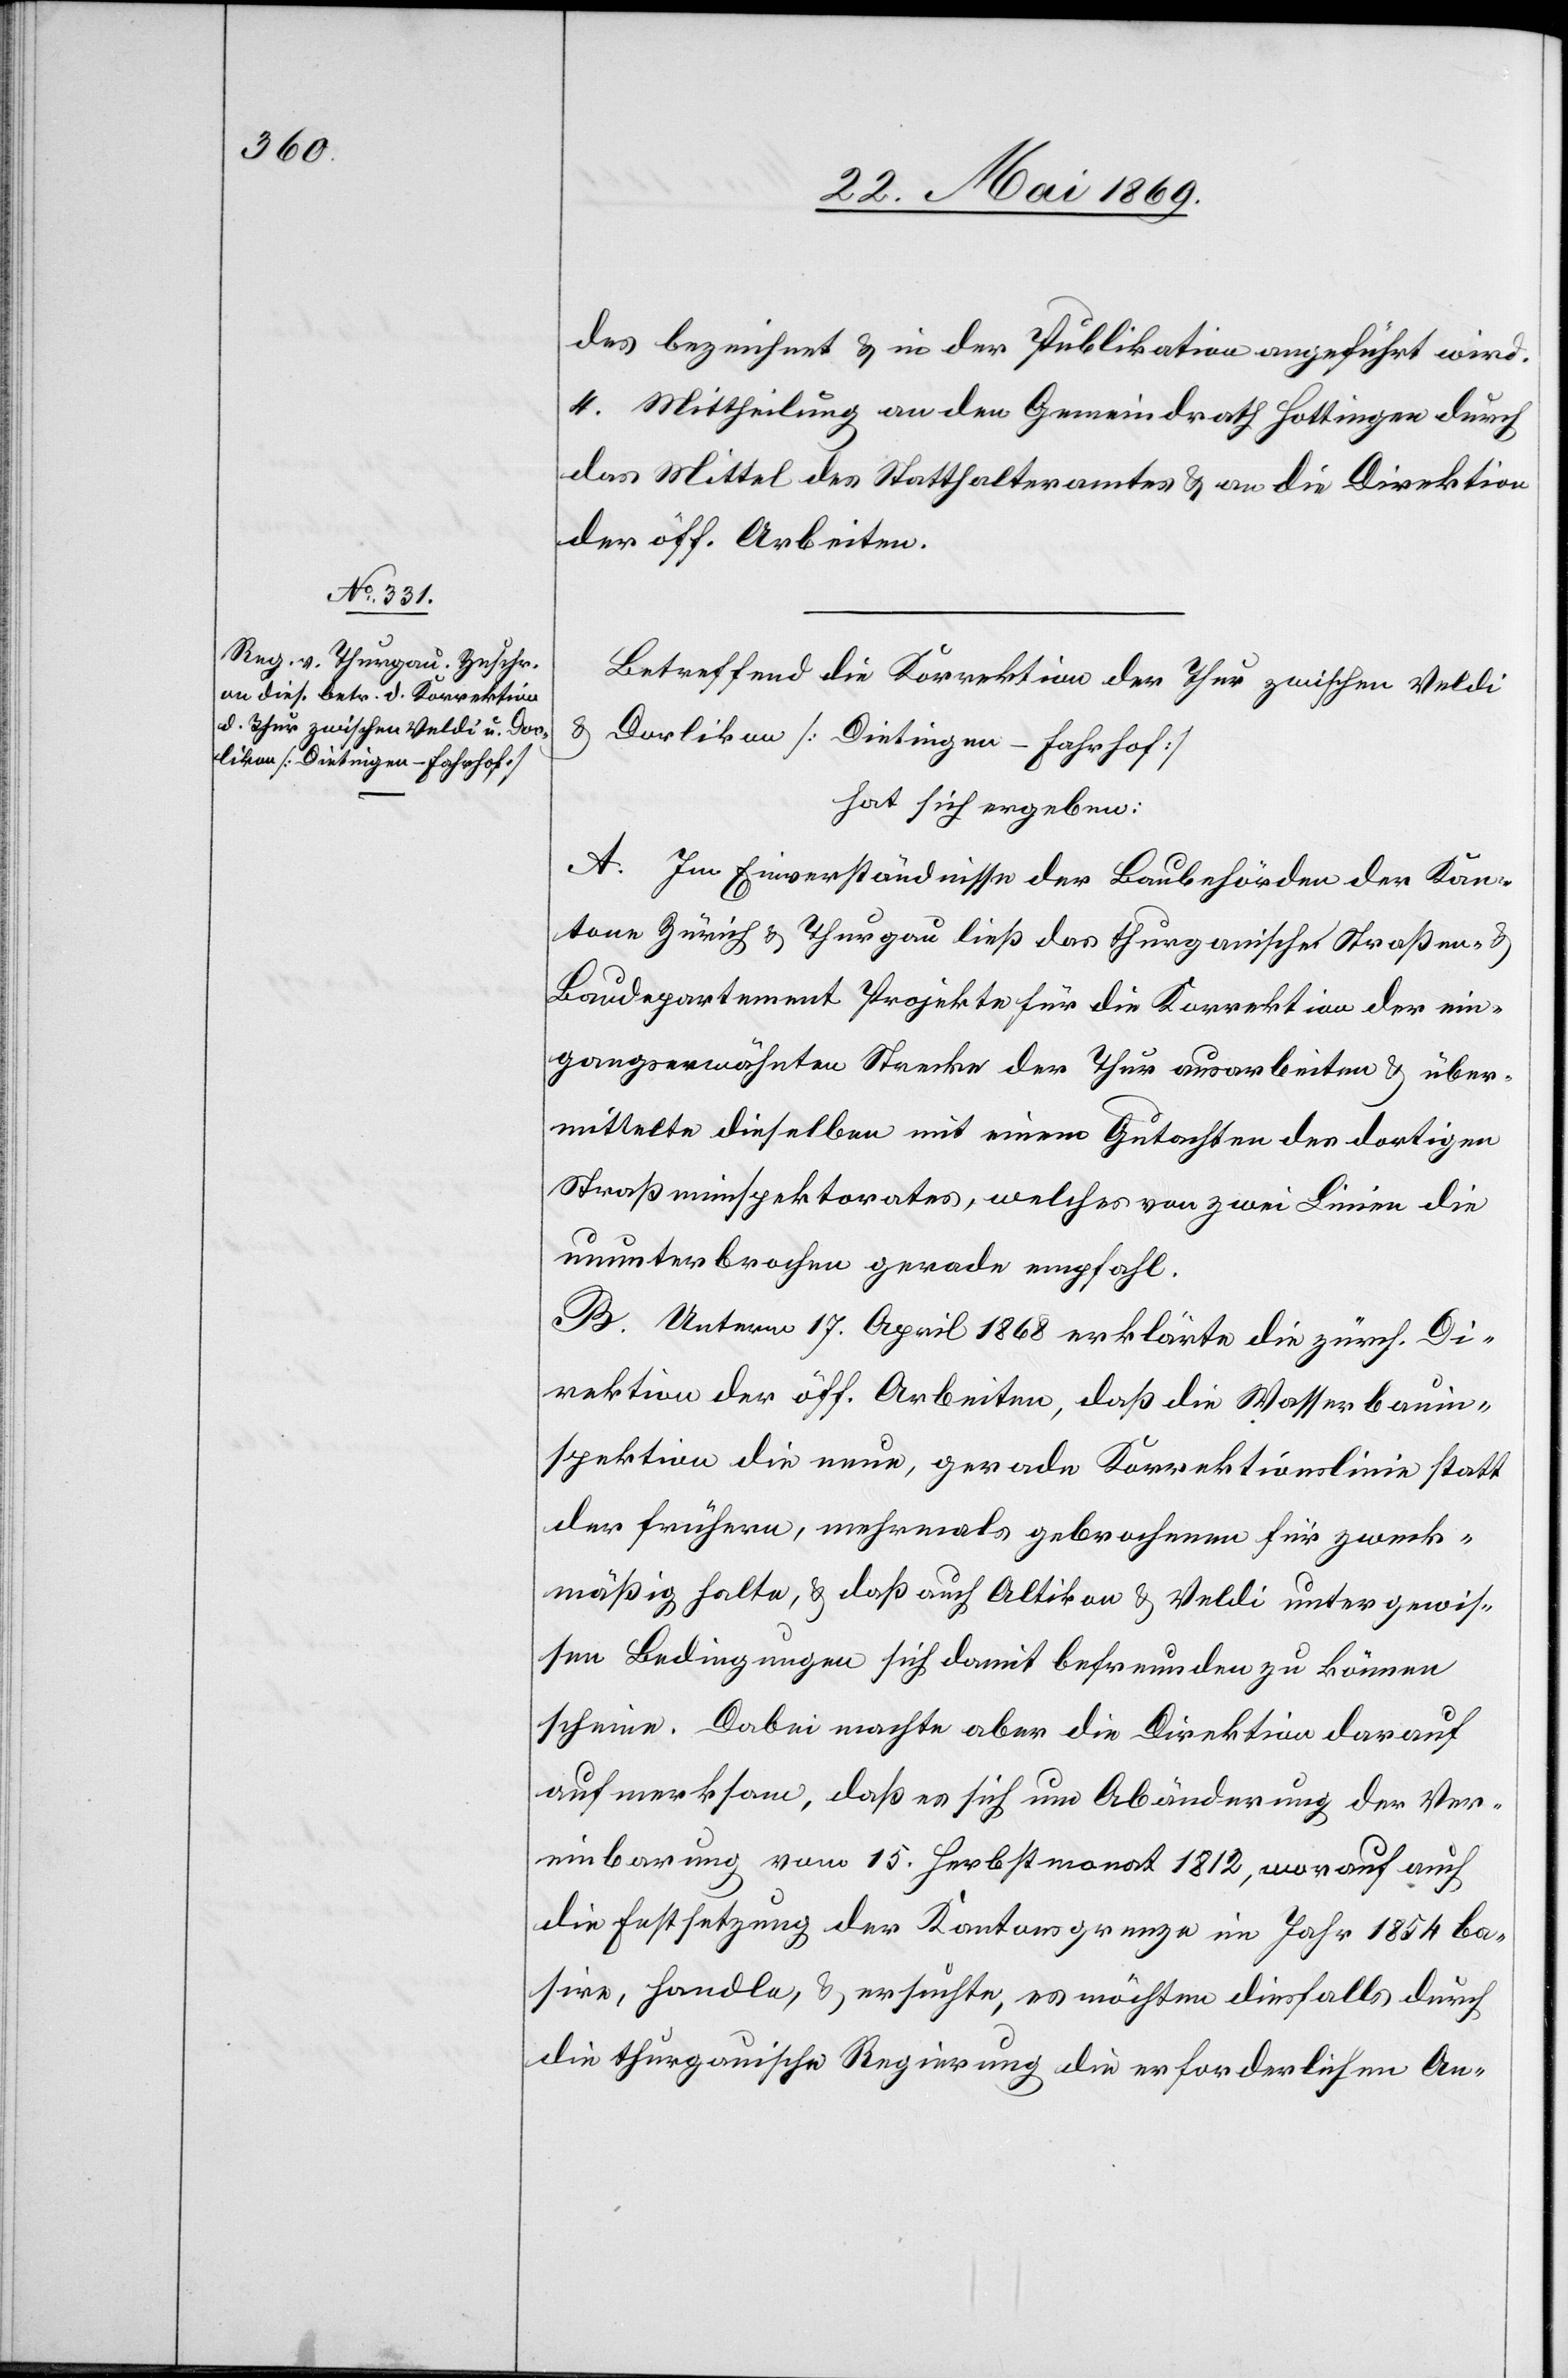
Betreffend die Korrektion der Thur zwischen Veldi
u. Dorlikon [Dietingen–Fahrhof]
hat sich ergeben:
A. Im Einverständniße der Baubehörden der Kan¬
tone Zürich u. Thurgau ließ das thurgauische Straßen- u.
Baudepartement Projekte für die Korrektion der ein¬
gangserwähnten Strecke der Thur ausarbeiten u. über¬
mittelte dieselben mit einem Gutachten des dortigen
Straßeninspektorates, welches von zwei Linien die
ununterbrochen gerade empfahl.
B. Unterm 17. April 1868 erklärte die zürch. Di¬
rektion der öff. Arbeiten, daß die Wasserbauin¬
spektion die neue, gerade Korrektionslinie statt
der frühern, mehrmals gebrochenen für zweck¬
mäßig halte, u. daß auch Altikon u. Veldi unter gewis¬
sen Bedingungen sich damit befreunden zu können
scheine. Dabei machte aber die Direktion darauf
aufmerksam, daß es sich um Abänderung der Ver¬
einbarung vom 15. Herbstmonat 1812, worauf auch
die Festsetzung der Kantonsgrenze im Jahr 1854 ba¬
sire, handle, u. ersuchte, es möchten diesfalls durch
die thurgauische Regierung die erforderlichen An-